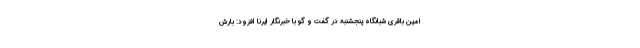
امین باقری شبانگاه پنجشنبه در گفت و گو با خبرنگار ایرنا افزود: بارش